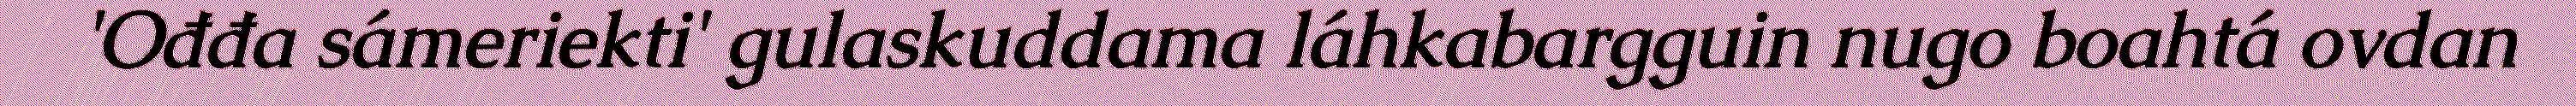
'Ođđa sámeriekti' gulaskuddama láhkabargguin nugo boahtá ovdan